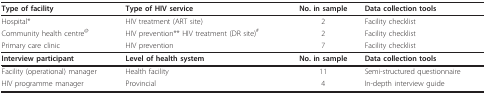
<table><thead><tr><td><b>Type of facility</b></td><td><b>Type of HIV service</b></td><td><b>No. in sample</b></td><td><b>Data collection tools</b></td></tr></thead><tbody><tr><td>Hospital*</td><td>HIV treatment (ART site)</td><td>2</td><td>Facility checklist</td></tr><tr><td>Community health centre<sup>@</sup></td><td>HIV prevention** HIV treatment (DR site)<sup>#</sup></td><td>2</td><td>Facility checklist</td></tr><tr><td>Primary care clinic</td><td>HIV prevention</td><td>7</td><td>Facility checklist</td></tr><tr><td><b>Interview participant</b></td><td><b>Level of health system</b></td><td><b>No. in sample</b></td><td><b>Data collection tools</b></td></tr><tr><td>Facility (operational) manager</td><td>Health facility</td><td>11</td><td>Semi-structured questionnaire</td></tr><tr><td>HIV programme manager</td><td>Provincial</td><td>4</td><td>In-depth interview guide</td></tr></tbody></table>